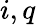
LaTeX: i,q